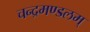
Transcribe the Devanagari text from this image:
चन्द्रमण्डलम्